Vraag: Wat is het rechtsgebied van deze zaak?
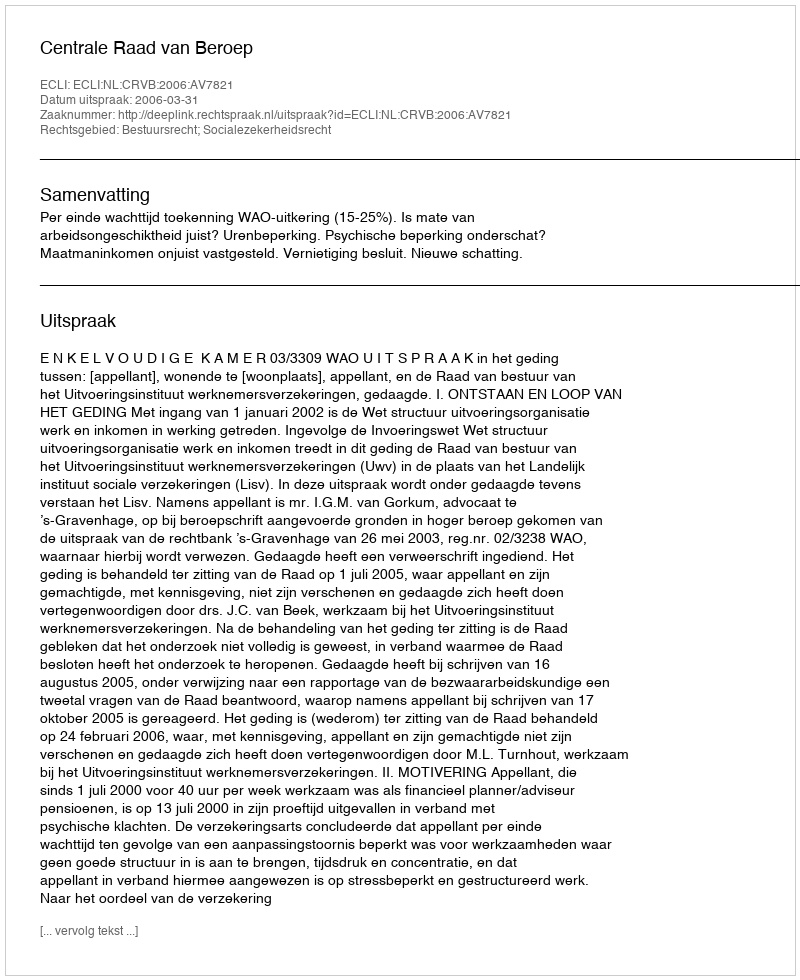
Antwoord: Bestuursrecht; Socialezekerheidsrecht